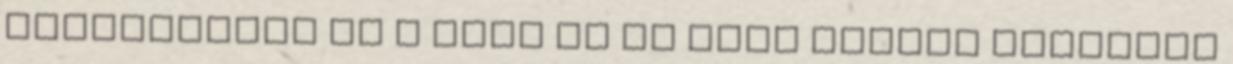
felhozhatsz de a TÉNY az az hogy néhány százezer